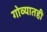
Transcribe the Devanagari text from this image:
गोव्यातही